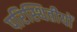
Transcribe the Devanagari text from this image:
परिस्थितीयों